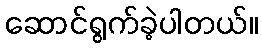
ဆောင်ရွက်ခဲ့ပါတယ်။